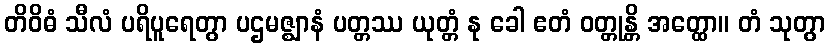
တိဝိဓံ သီလံ ပရိပူရေတွာ ပဌမဇ္ဈာနံ ပတ္တဿ ယုတ္တံ နု ခေါ ဧတံ ဝတ္တုန္တိ အတ္ထော။ တံ သုတွာ